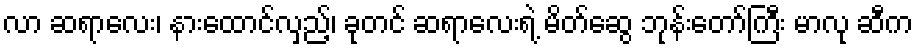
လာ ဆရာလေး၊ နားထောင်လှည့်၊ ခုတင် ဆရာလေးရဲ့ မိတ်ဆွေ ဘုန်းတော်ကြီး မာလု ဆီက